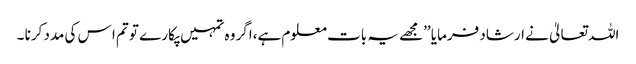
اللہ تعالیٰ نے ارشاد فرمایا ’’مجھے یہ بات معلوم ہے،اگر وہ تمہیں پکارے تو تم ا س کی مدد کرنا ۔